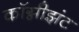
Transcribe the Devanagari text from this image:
कॉग्नीझंट